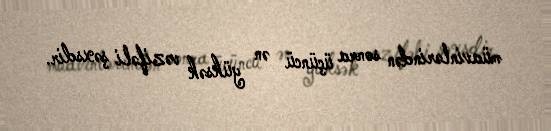
müavinlərindən sonra üçüncü ən yüksək vəzifəli şəxsdir.